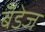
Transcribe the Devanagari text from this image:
बँडेज